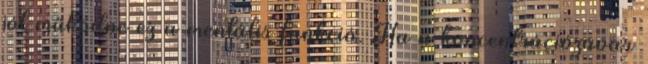
jól működne ez a mentális funkció. Ha a koncentrációzavar